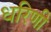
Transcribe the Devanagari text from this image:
धरिणी